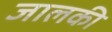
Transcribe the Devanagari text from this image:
जालकी